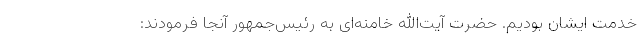
خدمت ایشان بودیم. حضرت آیت‌الله خامنه‌ای به رئیس‌جمهور آنجا فرمودند: